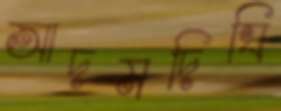
আদমদিঘি